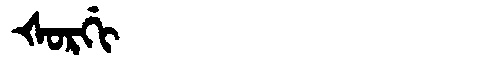
Manchu: ᡧᠣᡵᡤᡳ
Romanization: ŠORGI